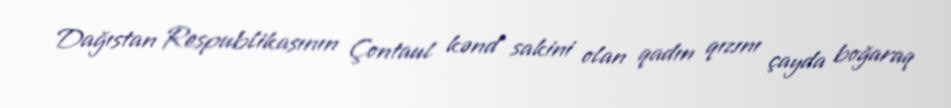
Dağıstan Respublikasının Çontaul kənd sakini olan qadın qızını çayda boğaraq